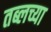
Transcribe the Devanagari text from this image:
तब्लच्या